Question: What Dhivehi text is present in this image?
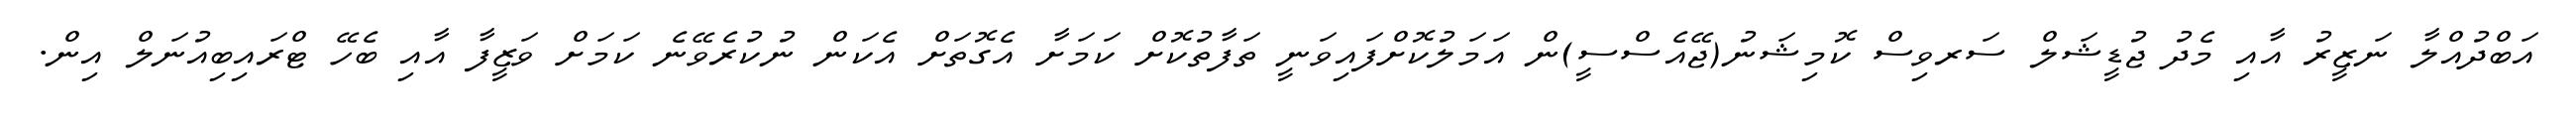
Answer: އަބްދުއްލާ ނަޒީރު އާއި މެދު ޖުޑީޝަލް ސަރވިސް ކޮމިޝަނު(ޖޭއެސްސީ)ން އަމަލުކޮށްފައިވަނީ ތަފާތުކޮށް ކަމަށާ އެގޮތަށް އެކަން ނުކުރެވޭނެ ކަމަށް ވަޒީފާ އާއި ބެހޭ ޓްރައިބިއުނަލް އިން.